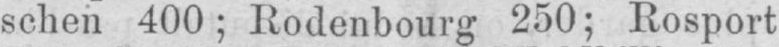
schen 400; Rodenbourg 250; Rosport